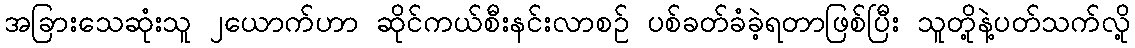
အခြားသေဆုံးသူ ၂ယောက်ဟာ ဆိုင်ကယ်စီးနင်းလာစဉ် ပစ်ခတ်ခံခဲ့ရတာဖြစ်ပြီး သူတို့နဲ့ပတ်သက်လို့